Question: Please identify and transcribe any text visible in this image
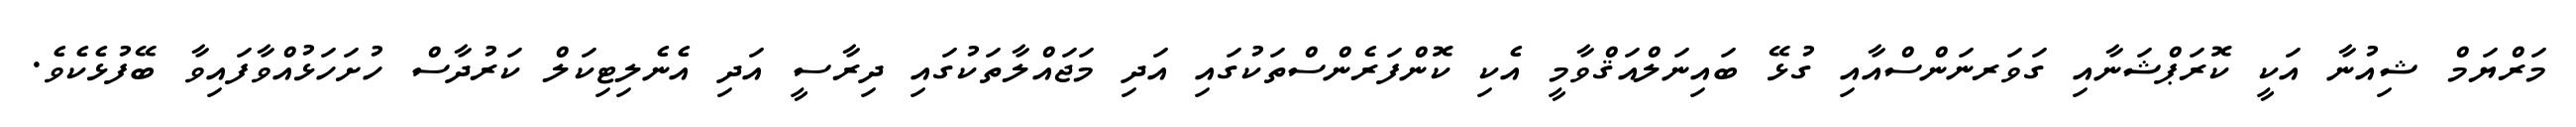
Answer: މަރްޔަމް ޝިއުނާ އަކީ ކޮރަޕްޝަނާއި ގަވަރނަންސްއާއި ގުޅޭ ބައިނަލްއަޤްވާމީ އެކި ކޮންފަރެންސްތަކުގައި އަދި މަޖައްލާތަކުގައި ދިރާސީ އަދި އެނެލިޓިކަލް ކަރުދާސް ހުށަހަޅުއްވާފައިވާ ބޭފުޅެކެވެ.